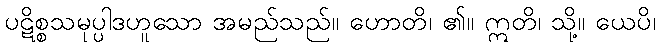
ပဋိစ္စသမုပ္ပါဒဟူသော အမည်သည်။ ဟောတိ၊ ၏။ ဣတိ၊ သို့။ ယေပိ၊